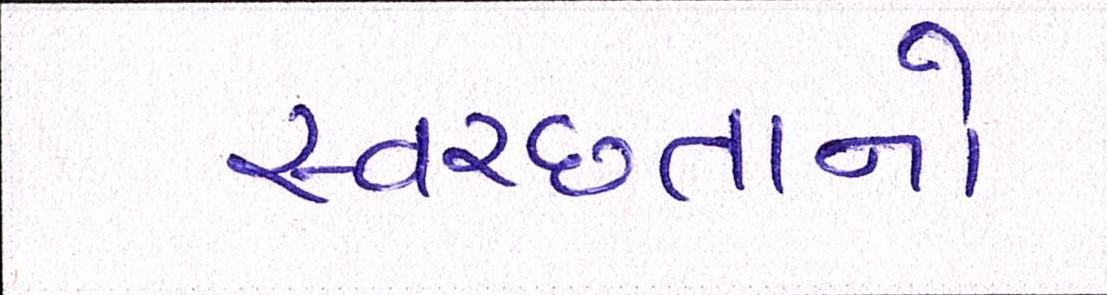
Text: સ્વચ્છતાનો